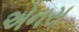
એનસ